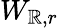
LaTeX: W_{\mathbb{R},r}